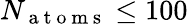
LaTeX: N_{\mathrm{~a~t~o~m~s~}}\leq 100